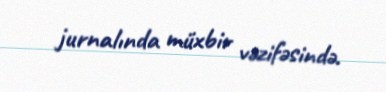
jurnalında müxbir vəzifəsində.